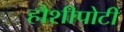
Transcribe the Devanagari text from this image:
हौशीपोटी